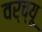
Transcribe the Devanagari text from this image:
वर्च्यू